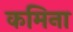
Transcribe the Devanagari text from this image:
कमिना